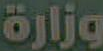
وزارة